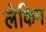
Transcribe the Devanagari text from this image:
लेकिम